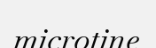
microtine